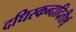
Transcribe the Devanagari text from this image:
दधिस्कन्दादितीर्थ